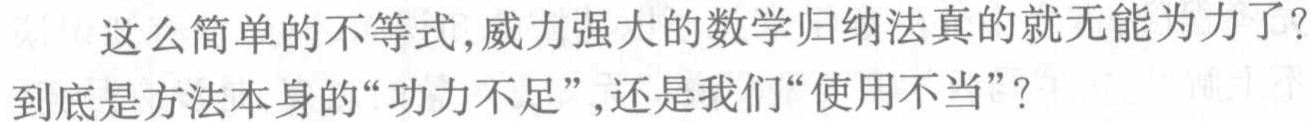
这么简单的不等式,威力强大的数学归纳法真的就无能为力了?到底是方法本身的“功力不足”,还是我们“使用不当”？